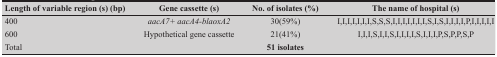
| Length of variable region (s) (bp) | Gene cassette (s) | No. of isolates (%) | The name of hospital (s) |
 | --- | --- | --- | --- |
 | 400 | aacA7+ aacA4-blaoxA2 | 30(59%) | I,I,I,I,I,I,I,S,S,S,I,I,I,I,I,I,I,S,I,S,I,I,I,I,P,I,I,I,I,I |
 | 600 | Hypothetical gene cassette | 21(41%) | I,I,I,S,I,I,S,I,I,I,I,S,I,I,I,P,S,P,P,S,P |
 | Total |  | 51 isolates |  |